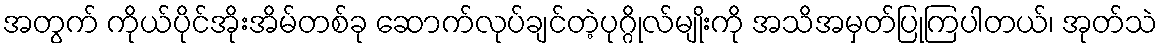
အတွက် ကိုယ်ပိုင်အိုးအိမ်တစ်ခု ဆောက်လုပ်ချင်တဲ့ပုဂ္ဂိုလ်မျိုးကို အသိအမှတ်ပြုကြပါတယ်၊ အုတ်သဲ